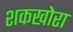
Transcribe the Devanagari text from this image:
शकखोरा